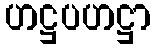
ဟဋ္ဌပဟဋ္ဌာ